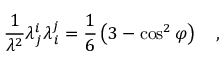
\frac { 1 } { \lambda ^ { 2 } } \lambda _ { \, j } ^ { i } \lambda _ { \, i } ^ { j } = \frac { 1 } { 6 } \left( 3 - \cos ^ { 2 } { \varphi } \right) ~ ~ ~ ,